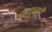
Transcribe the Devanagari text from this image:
म्हणूनहूी